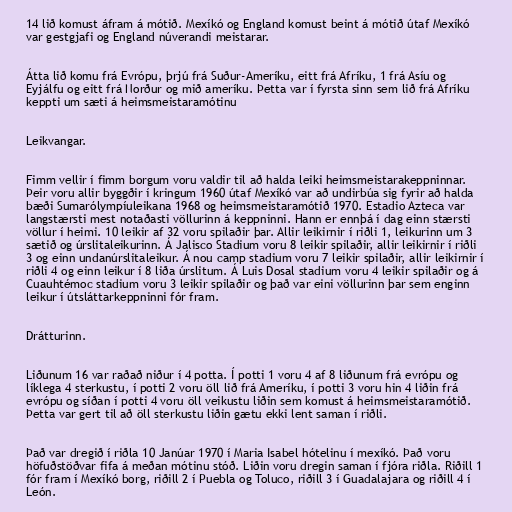
14 lið komust áfram á mótið. Mexíkó og England komust beint á mótið útaf Mexíkó
var gestgjafi og England núverandi meistarar.

Átta lið komu frá Evrópu, þrjú frá Suður-Ameríku, eitt frá Afríku, 1 frá Asíu og
Eyjálfu og eitt frá Norður og mið ameríku. Þetta var í fyrsta sinn sem lið frá Afríku
keppti um sæti á heimsmeistaramótinu

Leikvangar.

Fimm vellir í fimm borgum voru valdir til að halda leiki heimsmeistarakeppninnar.
Þeir voru allir byggðir í kringum 1960 útaf Mexíkó var að undirbúa sig fyrir að halda
bæði Sumarólympíuleikana 1968 og heimsmeistaramótið 1970. Estadio Azteca var
langstærsti mest notaðasti völlurinn á keppninni. Hann er ennþá í dag einn stærsti
völlur í heimi. 10 leikir af 32 voru spilaðir þar. Allir leikirnir í riðli 1, leikurinn um 3
sætið og úrslitaleikurinn. Á Jalisco Stadium voru 8 leikir spilaðir, allir leikirnir í riðli
3 og einn undanúrslitaleikur. Á nou camp stadium voru 7 leikir spilaðir, allir leikirnir í
riðli 4 og einn leikur í 8 liða úrslitum. Á Luis Dosal stadium voru 4 leikir spilaðir og á
Cuauhtémoc stadium voru 3 leikir spilaðir og það var eini völlurinn þar sem enginn
leikur í útsláttarkeppninni fór fram.

Drátturinn.

Liðunum 16 var raðað niður í 4 potta. Í potti 1 voru 4 af 8 liðunum frá evrópu og
líklega 4 sterkustu, í potti 2 voru öll lið frá Ameríku, í potti 3 voru hin 4 liðin frá
evrópu og síðan í potti 4 voru öll veikustu liðin sem komust á heimsmeistaramótið.
Þetta var gert til að öll sterkustu liðin gætu ekki lent saman í riðli.

Það var dregið í riðla 10 Janúar 1970 í Maria Isabel hótelinu í mexíkó. Það voru
höfuðstöðvar fifa á meðan mótinu stóð. Liðin voru dregin saman í fjóra riðla. Riðill 1
fór fram í Mexíkó borg, riðill 2 í Puebla og Toluco, riðill 3 í Guadalajara og riðill 4 í
León.